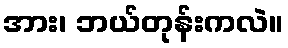
အား၊ ဘယ်တုန်းကလဲ။